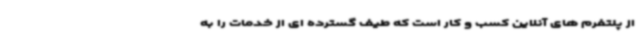
از پلتفرم های آنلاین کسب و کار است که طیف گسترده ای از خدمات را به